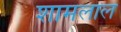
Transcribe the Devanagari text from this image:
शामलाल